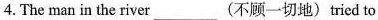
4. The man in the river___(不顾一切地)tried to